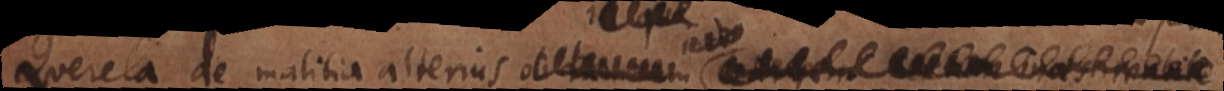
Querela de malitia alterius ob